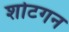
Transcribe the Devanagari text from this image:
शोटगन